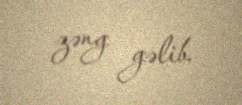
zəng gəlib.